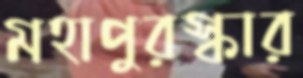
মহাপুরস্কার